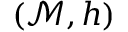
\left( \mathcal { M } , h \right)